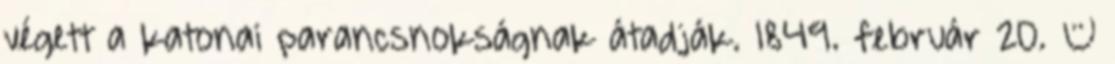
végett a katonai parancsnokságnak átadják. 1849. február 20. –